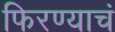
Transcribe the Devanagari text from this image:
फिरण्याचं